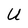
Character: U